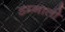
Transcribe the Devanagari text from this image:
डम्नाती